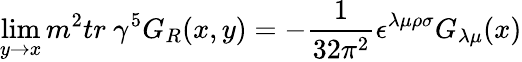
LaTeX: \operatorname*{lim}_{y\rightarrow x}m^{2}tr\ \gamma^{5}G_{R}(x,y)=-\frac{1}{32\pi^{2}}\epsilon^{\lambda\mu\rho\sigma}G_{\lambda\mu}(x)